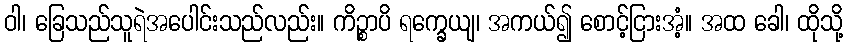
ဝါ၊ ခြေသည်သူရဲအပေါင်းသည်လည်း။ ကိဉ္စာပိ ရက္ခေယျ၊ အကယ်၍ စောင့်ငြားအံ့။ အထ ခေါ၊ ထိုသို့